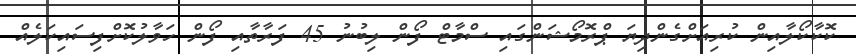
ކޮކާކޯލާއިން ކުރިއަށްގެންދިޔަ ޕްރޮމޯޝަންގައި ސްމާޓް ފޯން ލިބުނު 45 ފަރާތާއި ފޯން ހަވާލުކޮށްފިސައިކަލެއް